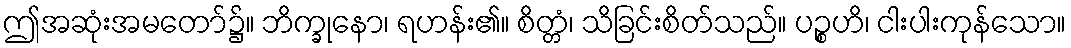
ဤအဆုံးအမတော်၌။ ဘိက္ခုနော၊ ရဟန်း၏။ စိတ္တံ၊ သိခြင်းစိတ်သည်။ ပဉ္စဟိ၊ ငါးပါးကုန်သော။